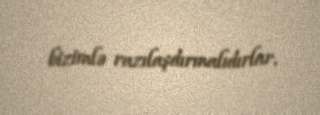
bizimlə razılaşdırmalıdırlar.